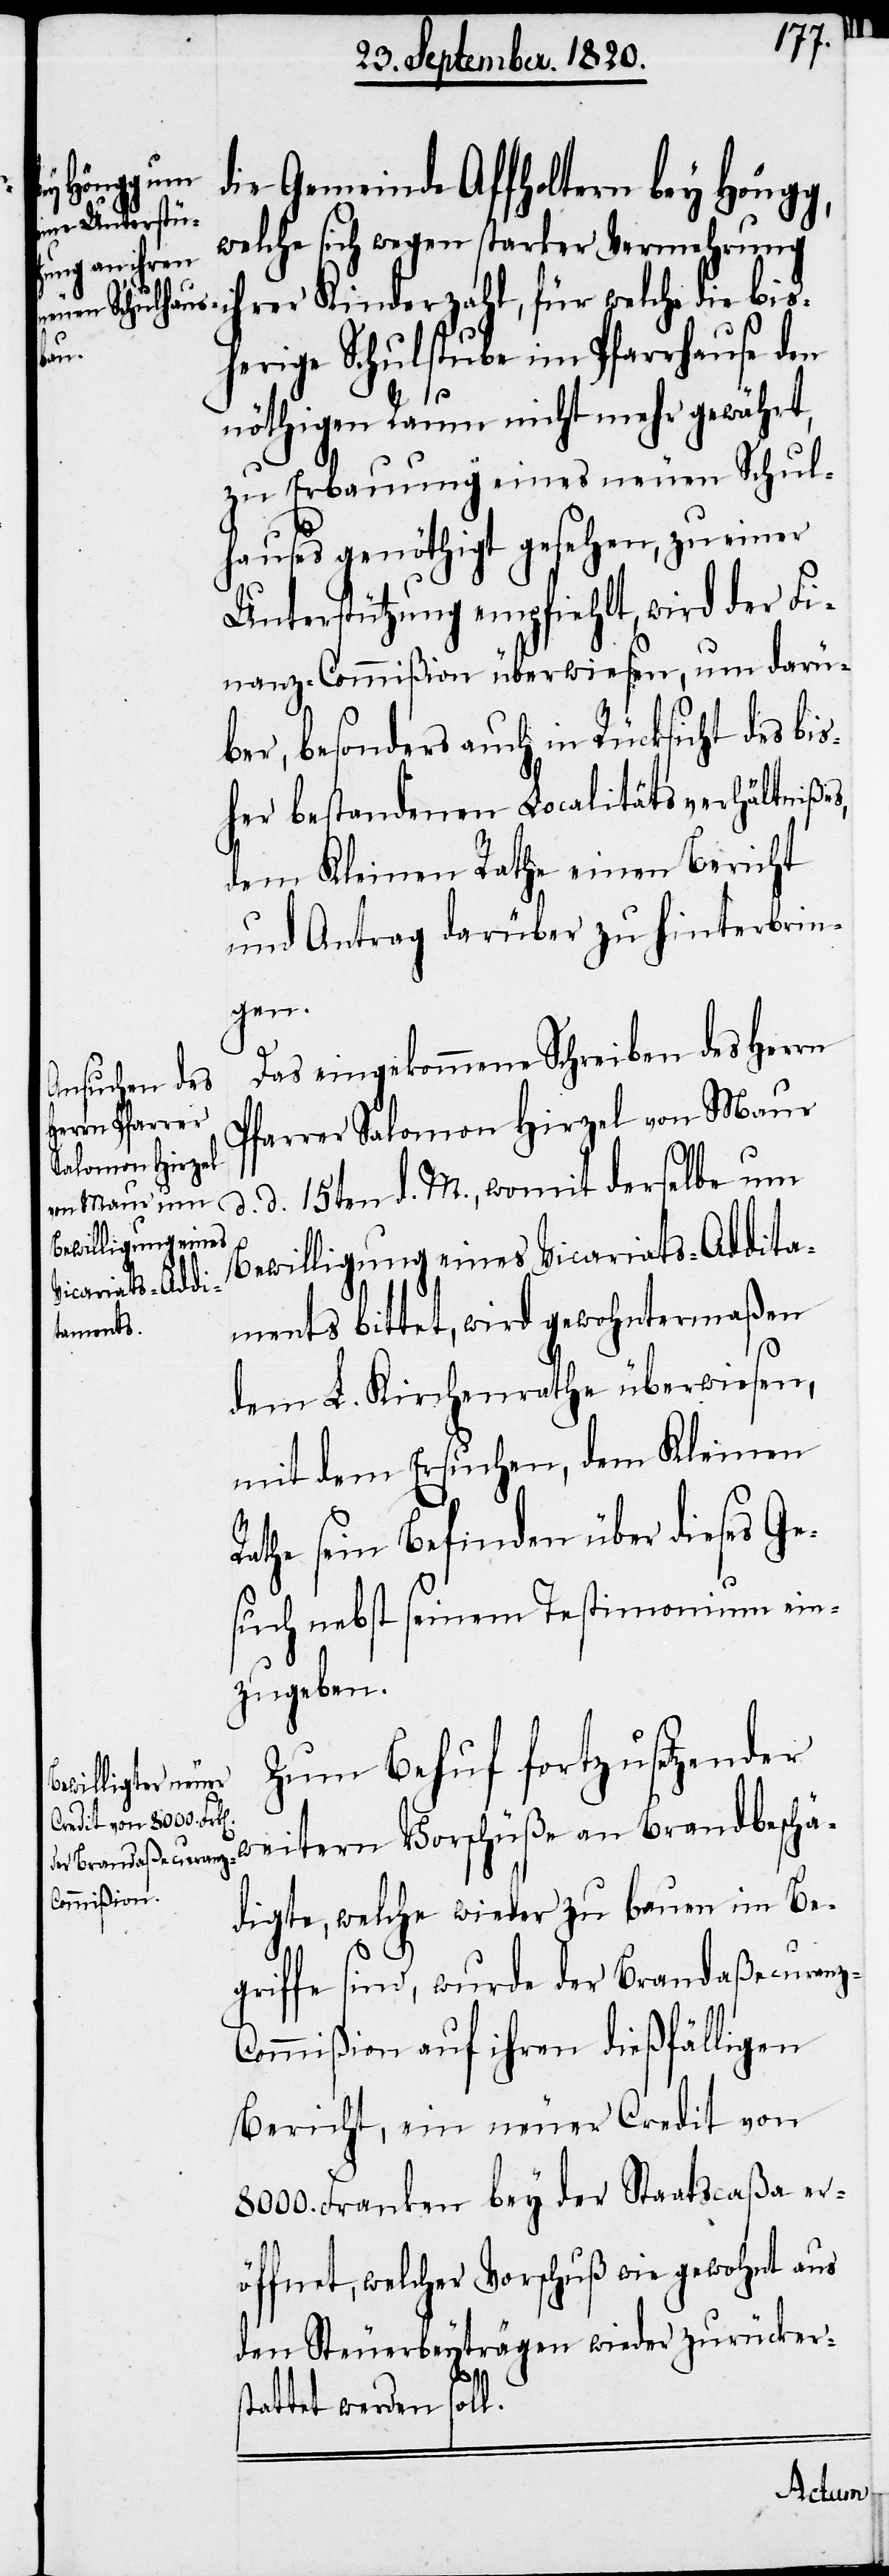
die Gemeinde Affholtern bey Höngg,
welche sich wegen starker Vermehrung
ihrer Kinderzahl, für welche die bis¬
herige Schulstube im Pfarrhause den
nöthigen Raum nicht mehr gewährt,
zu Erbauung eines neuen Schul¬
hauses genöthigt gesehen, zu einer
Unterstützung empfiehlt, wird der Fi¬
nanz-Commißion überwiesen, um darü¬
ber, besonders auch in Rücksicht des bis¬
her bestandenen Localitätsverhältniße¬
dem Kleinen Rathe einen Bericht
und Antrag darüber zu hinterbrin¬
gen.
Das eingekommene Schreiben des Herrn
Pfarrer Salomon Hirzel von Maur
d. 15ten d. M., womit derselbe um
s,
Bewilligung eines Vicariats-Addita¬
ments bittet, wird gewohntermaßen
dem L. Kirchenrathe überwiesen,
mit dem Ersuchen, dem Kleinen
Rathe sein Befinden über dieses Ge¬
such nebst seinem Testimonium ein¬
zugeben.
Zum Behuf fortzusetzender
weitern Vorschüße an Brandbeschä¬
digte, welche wieder zu bauen im Be¬
z-C¬
griffe sind, wurde der Brandaßecuran¬
ommißion auf ihren dießfälligen
Bericht, ein neuer Credit von
8000. Franken bey der Staatscaßa er¬
öffnet, welcher Vorschuß wie gewohnt aus
den Steuerbeyträgen wieder zurücker¬
stattet werden soll.